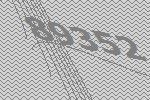
89352